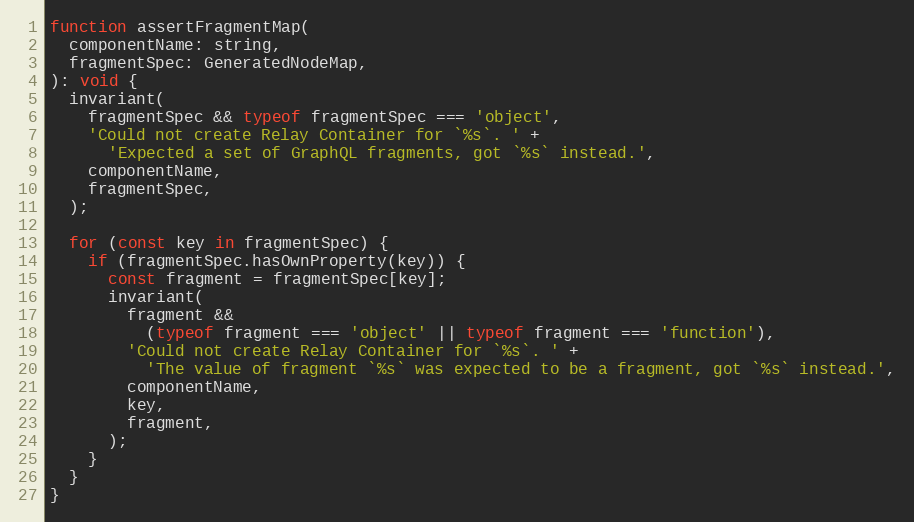
Language: JavaScript
function assertFragmentMap(
  componentName: string,
  fragmentSpec: GeneratedNodeMap,
): void {
  invariant(
    fragmentSpec && typeof fragmentSpec === 'object',
    'Could not create Relay Container for `%s`. ' +
      'Expected a set of GraphQL fragments, got `%s` instead.',
    componentName,
    fragmentSpec,
  );

  for (const key in fragmentSpec) {
    if (fragmentSpec.hasOwnProperty(key)) {
      const fragment = fragmentSpec[key];
      invariant(
        fragment &&
          (typeof fragment === 'object' || typeof fragment === 'function'),
        'Could not create Relay Container for `%s`. ' +
          'The value of fragment `%s` was expected to be a fragment, got `%s` instead.',
        componentName,
        key,
        fragment,
      );
    }
  }
}